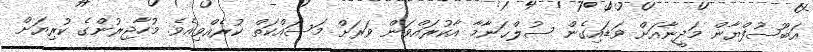
އަބޫސުފްޔާން މަދީނާއަށް ވަޑައިގެން ސުލްޙަނާމާ އާކުރައްވަން ވަރަށް މަސައްކަތް ކުރެއްވިއެވެ. މުހާޖިރުންގެ ކުރިޔަށް